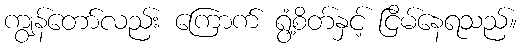
ကျွန်တော်လည်း ကြောက် ရွံ့စိတ်နှင့် ငြိမ်နေရသည်။